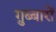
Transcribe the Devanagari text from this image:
ग़ुब्बारों